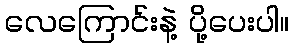
လေကြောင်းနဲ့ ပို့ပေးပါ။